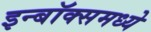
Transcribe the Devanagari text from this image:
इन्बॉक्समध्ये